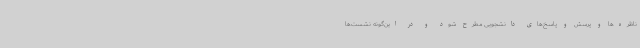
ناظره‌ها و پرسش و پاسخ‌های دانشجویی مطرح شود و در این‌گونه نشست‌ها